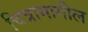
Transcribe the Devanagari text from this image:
चित्रामागील